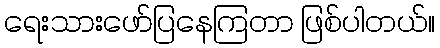
ရေးသားဖော်ပြနေကြတာ ဖြစ်ပါတယ်။